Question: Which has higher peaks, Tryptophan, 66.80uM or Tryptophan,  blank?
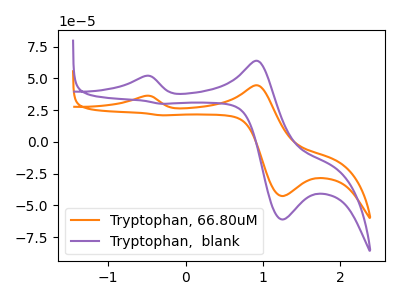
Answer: <think>The orange curve "Tryptophan, 66.80uM" has anodic peaks at (-0.50V, 36.20uA) (0.95V, 44.55uA) and cathodic peaks at (1.25V, -42.60uA) (-0.30V, 20.90uA). The purple curve "Tryptophan,  blank" has anodic peaks at (-0.50V, 51.90uA) (0.95V, 63.80uA) and cathodic peaks at (1.25V, -61.05uA) (-0.30V, 29.95uA).</think>
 <answer>The peaks in "Tryptophan, 66.80uM" are neither all higher or all lower than the peaks in "Tryptophan,  blank".</answer>
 <eval>mixed</eval>